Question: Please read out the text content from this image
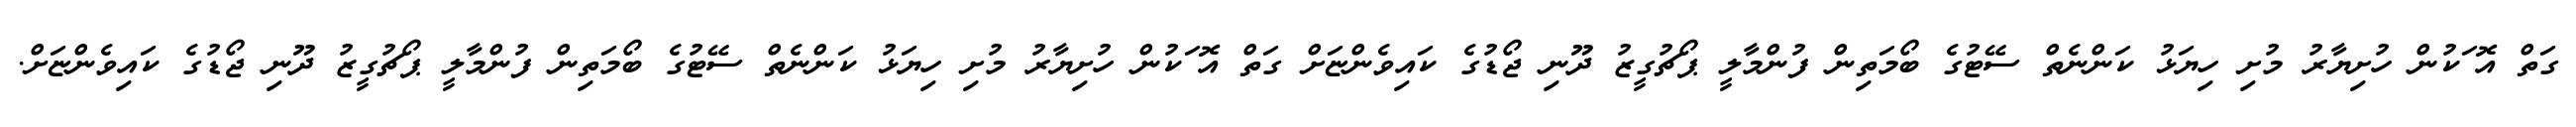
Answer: ގަތް އޮޱަކުން ހުށިޔާރު މުށި ހިޔަޅު ކަންނެތް ސޭޓުގެ ބޯމަތިން ފުންމާލީ ޕޯޗުގީޒު ދޫނި ޖޯޑުގެ ކައިވެންޏަށް ގަތް އޮޱަކުން ހުށިޔާރު މުށި ހިޔަޅު ކަންނެތް ސޭޓުގެ ބޯމަތިން ފުންމާލީ ޕޯޗުގީޒު ދޫނި ޖޯޑުގެ ކައިވެންޏަށް.